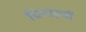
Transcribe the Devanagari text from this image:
चिनाइयों